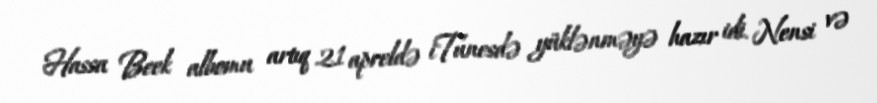
Hassa Beek albomu artıq 21 apreldə iTunesdə yüklənməyə hazır idi. Nensi və